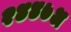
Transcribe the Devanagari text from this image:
२४४७अ